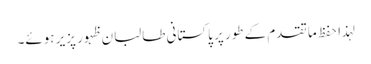
لہذا حفظ ما تقدم کے طور پر پاکستانی طالبان ظہور پزیر ہوئے۔